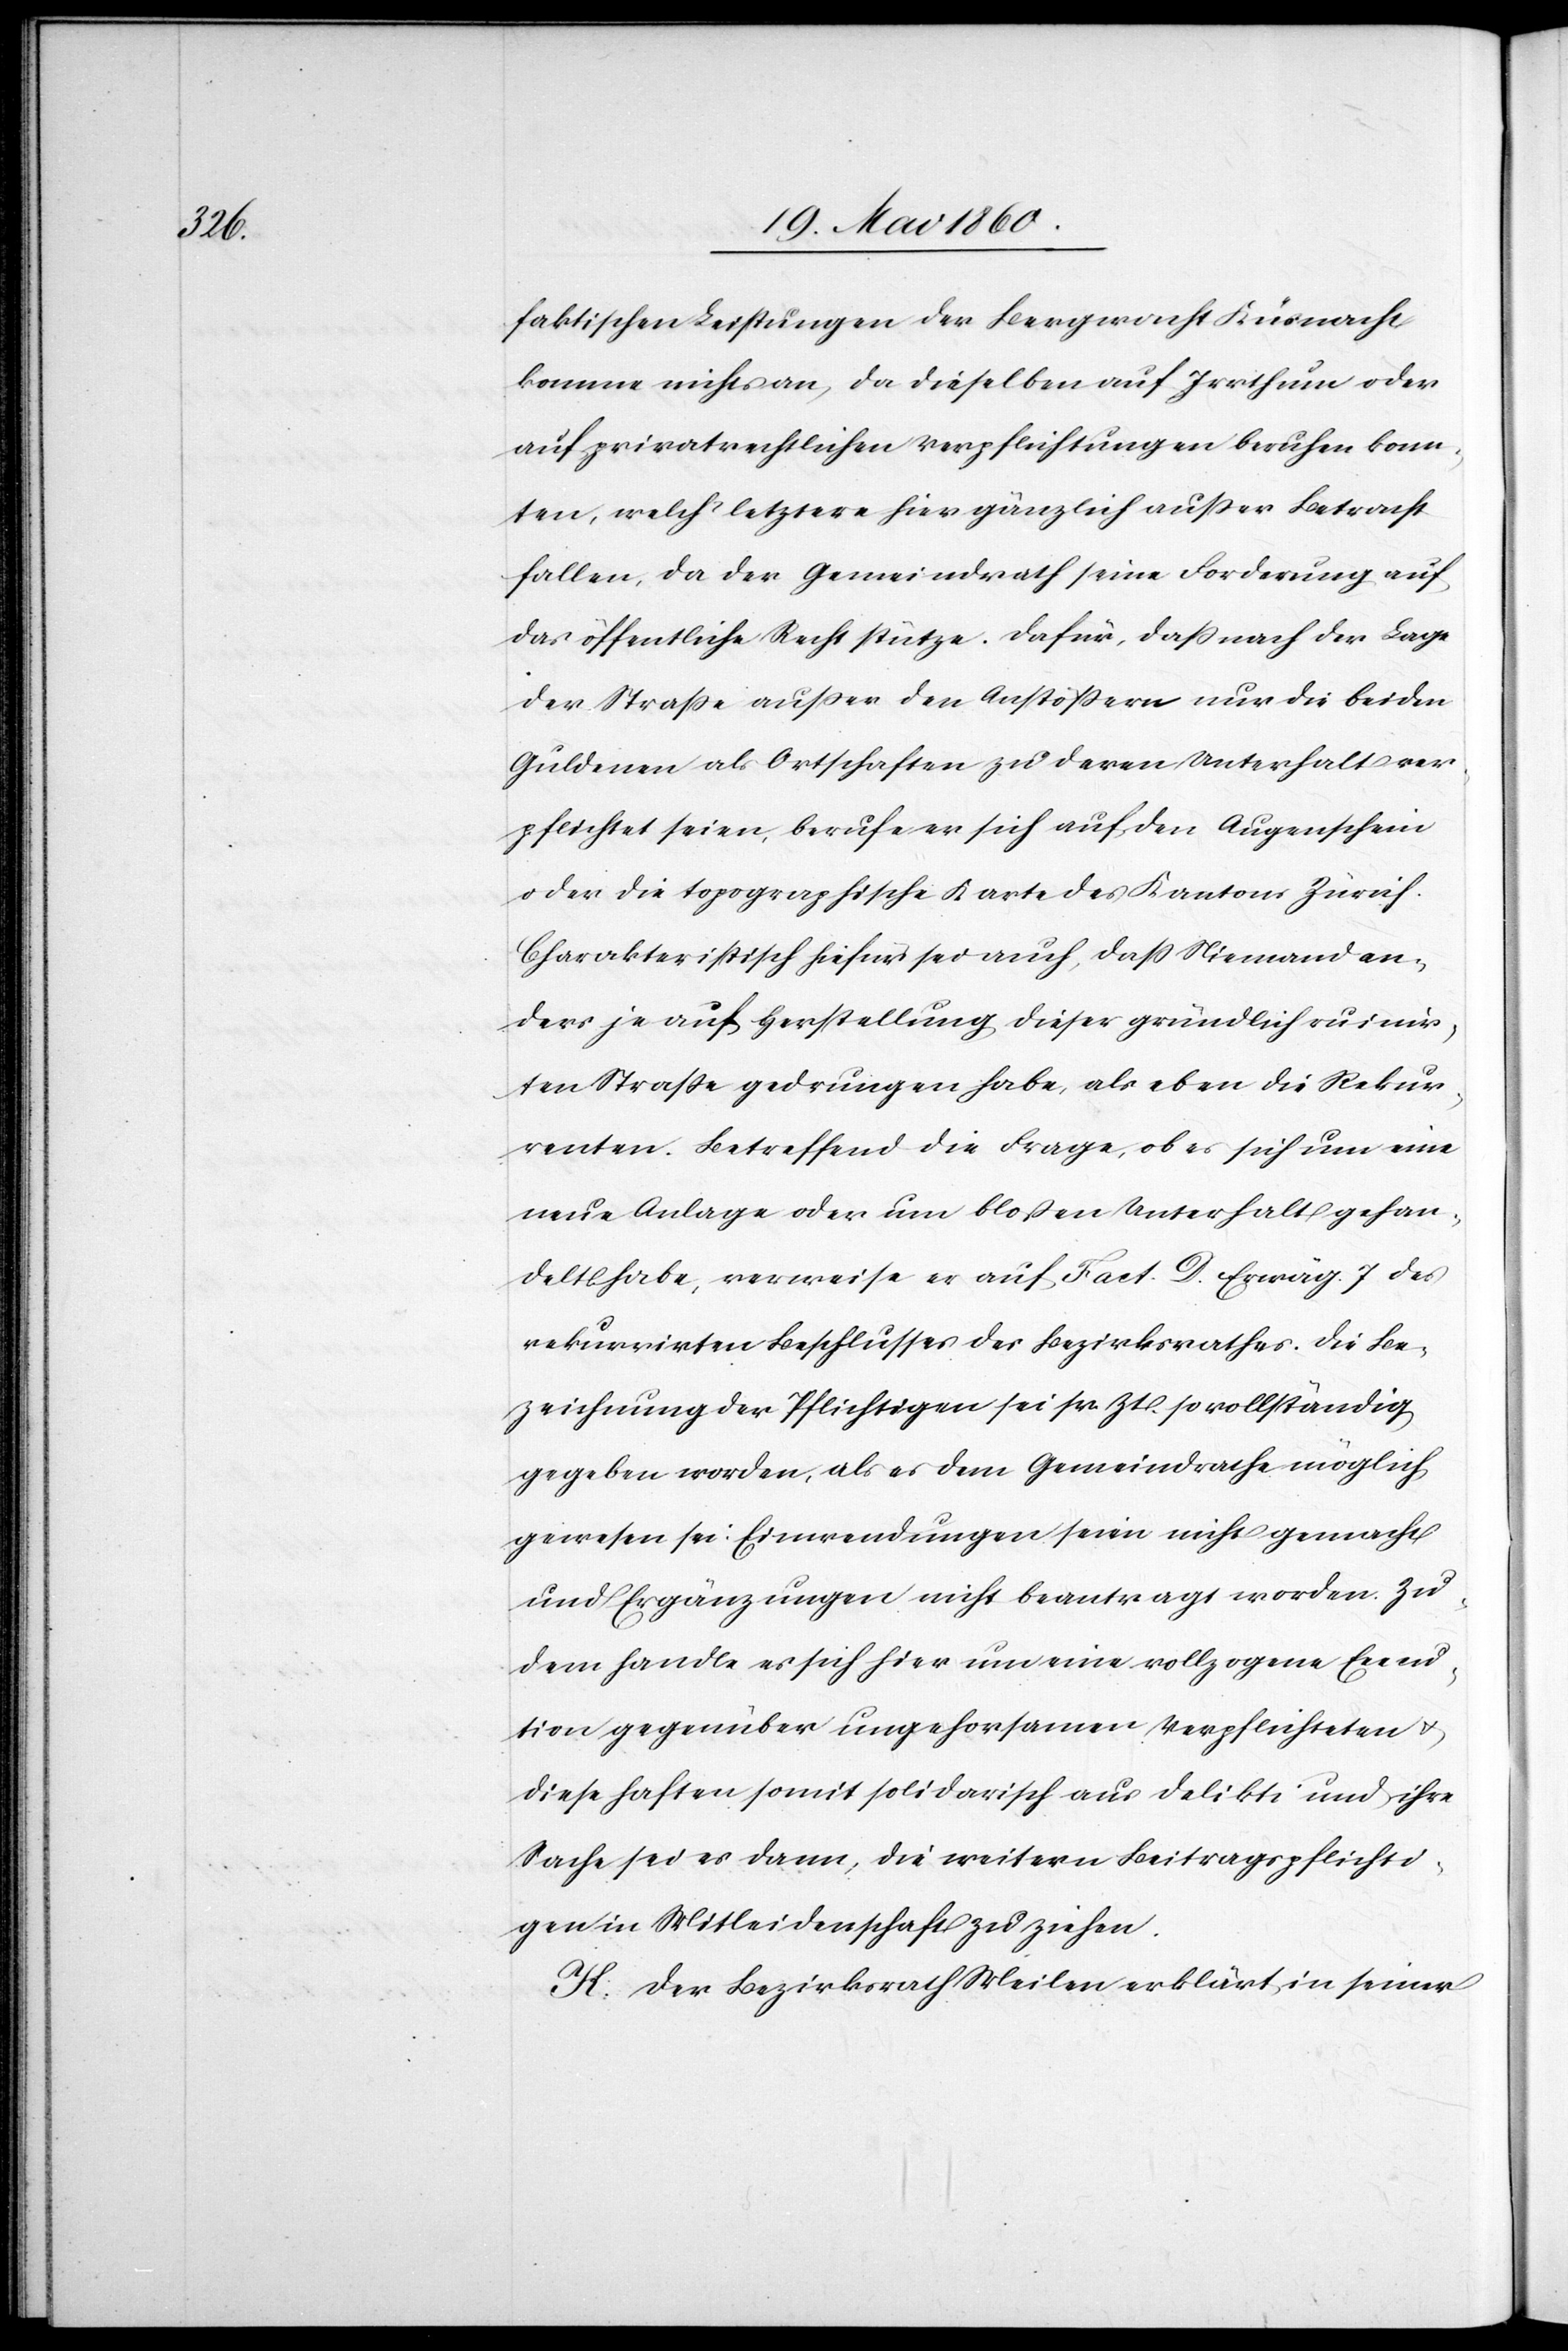
faktischen Leistungen der Bergwacht Küsnacht
komme nichts an, da dieselben auf Irrthum oder
auf privatrechtlichen Verpflichtungen beruhen konn¬
ten, welch’ letztere hier gänzlich ausser Betracht
fallen, da der Gemeindrath seine Forderung auf
das öffentliche Recht stütze. Dafür, dass nach der Lage
der Strasse ausser den Anstössern nur die beiden
Guldenen als Ortschaften zu deren Unterhalt ver¬
pflichtet seien, berufe er sich auf den Augenschein
oder die topographische Karte des Kantons Zürich.
Charakteristisch hiefür sei auch, dass Niemand an¬
ders je auf Herstellung dieser gründlich ruinir¬
ten Strasse gedrungen habe, als eben die Rekur¬
renten. Betreffend die Frage, ob es sich um eine
neue Anlage oder um blossen Unterhalt gehan¬
delt habe, verweise er auf Fact. D. Erwäg. 7 des
rekurrirten Beschlusses des Bezirksrathes. Die Be¬
zeichnung der Pflichtigen sei sr. Z. so vollständig
gegeben worden, als es dem Gemeindrathe möglich
gewesen sei. Einwendungen seien nicht gemacht
und Ergänzungen nicht beantragt worden. Zu¬
dem handle es sich hier um eine vollzogene Execu¬
tion gegenüber ungehorsamen Verpflichteten u.
diese haften somit solidarisch aus Delikte und ihre
Sache sei es dann, die weitern Beitragspflichti¬
gen in Mitleidenschaft zu ziehen.
K. Der Bezirksrath Meilen erklärt in seiner